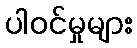
ပါဝင်မှုများ